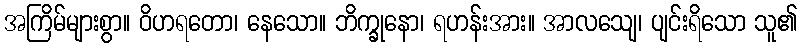
အကြိမ်များစွာ။ ဝိဟရတော၊ နေသော။ ဘိက္ခုနော၊ ရဟန်းအား။ အာလသျေ၊ ပျင်းရိသော သူ၏